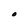
Character: O